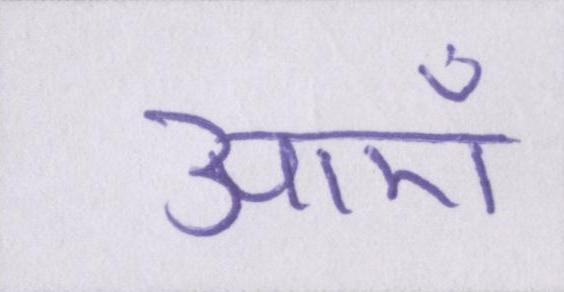
आएँ